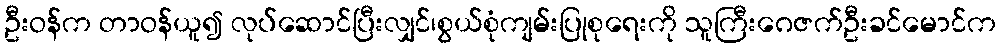
ဦးဝန်က တာဝန်ယူ၍ လုပ်ဆောင်ပြီးလျှင်၊စွယ်စုံကျမ်းပြုစုရေးကို သူကြီးဂေဇက်ဦးခင်မောင်က